Annual administration report of the Civil Veterinary Department of India - 1899-1900
Year: 1899
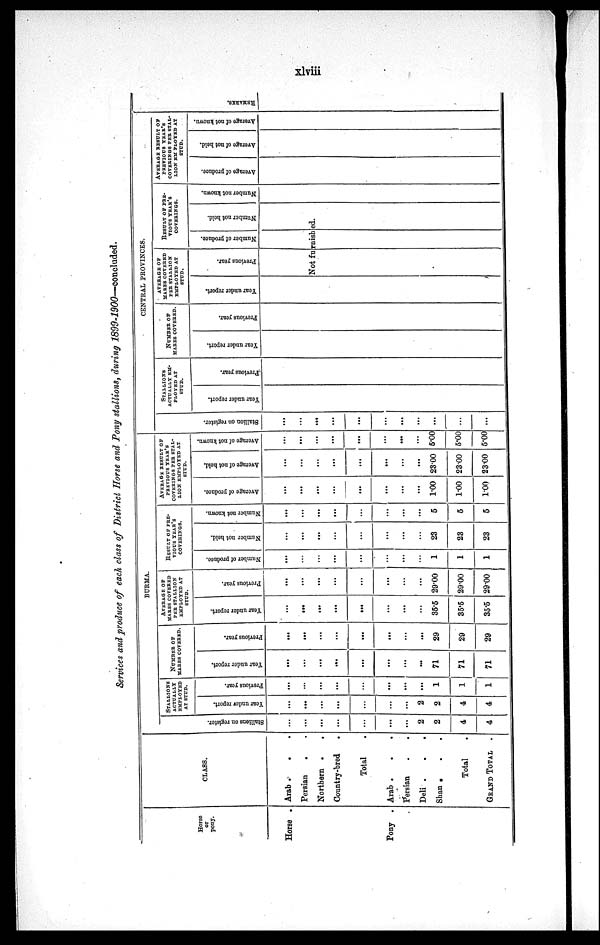
xlviii
Services and produce of each class of District Horse and Pony stallions, during 1899-1900—concluded.
Horse
or
pony.
Horse .
Pony .
CLASS.
Arab .
.
Persian
. .
Northern .
.
Country-bred .
Total .
Arab .
.
.
Persian . .
Deli . . .
Shan . . .
Total .
GRAND TOTAL .
BURMA
St al l
i
ons on register.
...
...
...
...
...
...
...
2
2
4
4
STALLIONS
ACTUALLY
EMPLOYED
AT STUD.
Year under report.
...
...
...
...
...
...
...
2
2
4
4
Previous year.
...
...
...
...
...
...
...
...
1
1
1
NUMBER OF
MARES COVERED.
Year under report.
...
...
...
...
...
...
...
...
71
71
71
Previous year.
...
...
...
...
...
...
...
...
29
29
29
AVERAGE OF
MARES COVERED
PER STALLION
EMPLOYED AT
STUD.
Year under report.
...
...
...
...
...
...
...
...
35.5
35.5
35.5
Previous year.
...
...
...
...
...
...
...
...
29.00
29.00
29.00
RESULT OF PRE-
----- YEAR'S
COVERINGS.
Number of produce.
...
...
...
...
...
...
...
1
1
1
Number not held.
...
...
...
...
...
...
...
...
23
23
23
Number not known.
...
...
...
...
...
...
...
...
5
6
5
AVERAGE RESULT OF
PREVIOUS YEAR'S
COVERINGS PER STAL-
---- EMPLOYED AT
STUD.
Average of produce.
...
...
...
...
...
...
...
...
1.00
1.00
1.00
Average of not held.
...
...
...
...
...
...
...
...
23.00
23.00
23.00
Average of not known.
...
...
...
...
...
...
...
...
5.00
5.00
5.00
CENTRAL PROVINCES.
St al l
i
on on register.
...
...
...
...
...
...
...
...
...
...
...
STALLIONS
ACTUALLY EM-
------ AT
STUD.
Year under report.
Previous year.
NUMBER OF
MARES COVERED.
Year under report.
Previous year.
AVERAGE OF
MARES COVERED
PER STALLION
EMPLOYED AT
STUD.
Year under report.
Previous year.
RESULT OF PRE-
----- YEAR'S
COVERINGS.
Number of produce.
Number not held.
Not furnished.
Number not known.
AVERAGE RESULT OF
PREVIOUS YEAR'S
COVERINGS PER STAL-
---- EM PLOYED AT
STUD.
Average
of produce.
Average of not held.
Average of not known.
RE MARKS .